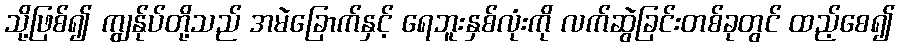
သို့ဖြစ်၍ ကျွန်ုပ်တို့သည် အမဲခြောက်နှင့် ရေဘူးနှစ်လုံးကို လက်ဆွဲခြင်းတစ်ခုတွင် ထည့်စေ၍